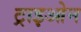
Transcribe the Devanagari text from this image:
ट्राइओन